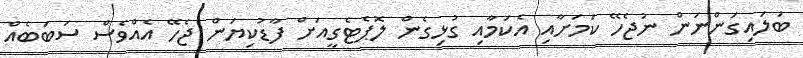
ބަލައިގަންނަން ނުޖެހޭ ކަމަށާއި އެކަމާއި ގުޅިގެން ލޮޕެޓެގީއަށް ފާޑުކިޔަން ޖެހޭ އެއްވެސް ސަބަބެއް